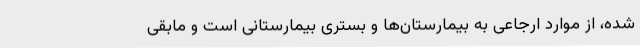
شده، از موارد ارجاعی به بیمارستان‌ها و بستری بیمارستانی است و مابقی